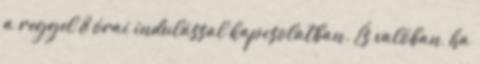
a reggel 8 órai indulással kapcsolatban. És valóban, ha